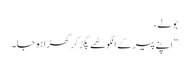
بولے ،
” اپنے پیر کے انگوٹھے پکڑ کر کھڑا ہو جا۔